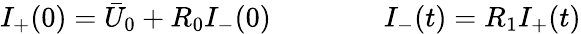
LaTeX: I_{+}(0)=\bar{U}_{0}+R_{0}I_{-}(0)\qquad\qquad I_{-}(t)=R_{1}I_{+}(t)